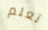
تعلم